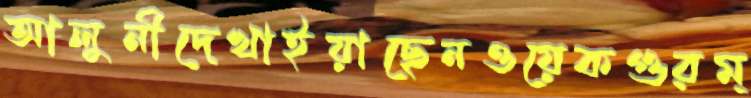
আলুনীদেখাইয়াছেনওয়েকগুরম্